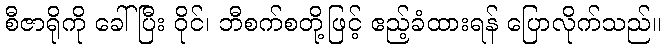
စီဇာရိုကို ခေါ်ပြီး ဝိုင်၊ ဘီစက်စတို့ဖြင့် ဧည့်ခံထားရန် ပြောလိုက်သည်။